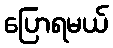
ပြောရမယ်